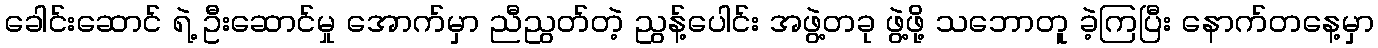
ခေါင်းဆောင် ရဲ့ ဦးဆောင်မှု အောက်မှာ ညီညွတ်တဲ့ ညွန့်ပေါင်း အဖွဲ့တခု ဖွဲ့ဖို့ သဘောတူ ခဲ့ကြပြီး နောက်တနေ့မှာ